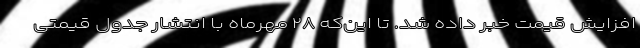
افزایش قیمت خبر داده شد. تا این‌که ۲۸ مهرماه با انتشار جدول قیمتی